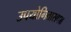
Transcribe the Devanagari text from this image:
उपयोगितासपन्न